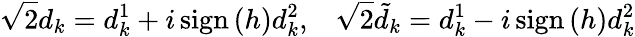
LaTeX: \sqrt{2}d_{k}=d_{k}^{1}+i\, \mathrm{sign}\, (h)d_{k}^{2},\; \; \; \sqrt{2}\tilde{d}_{k}=d_{k}^{1}-i\, \mathrm{sign}\, (h)d_{k}^{2}